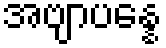
အဗျာပန္နေ